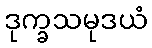
ဒုက္ခသမုဒယံ